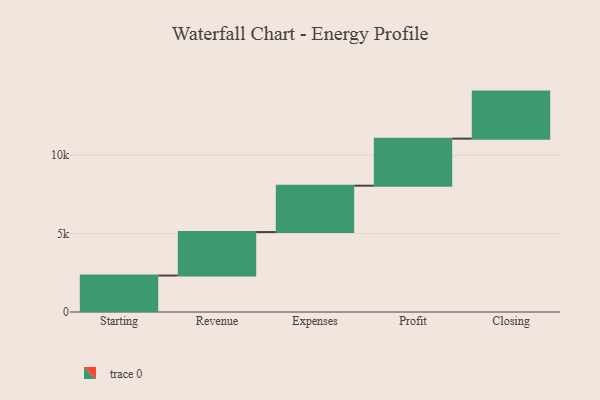
{"axis": {"x": "Step", "y": "Value"}, "legend": [""], "data": [{"x": "Starting", "y": 2325.0, "type": ""}, {"x": "Revenue", "y": 2773.0, "type": ""}, {"x": "Expenses", "y": 2957.0, "type": ""}, {"x": "Profit", "y": 3000, "type": ""}, {"x": "Closing", "y": 3000, "type": ""}]}